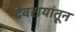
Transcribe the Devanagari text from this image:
देवरायांतून